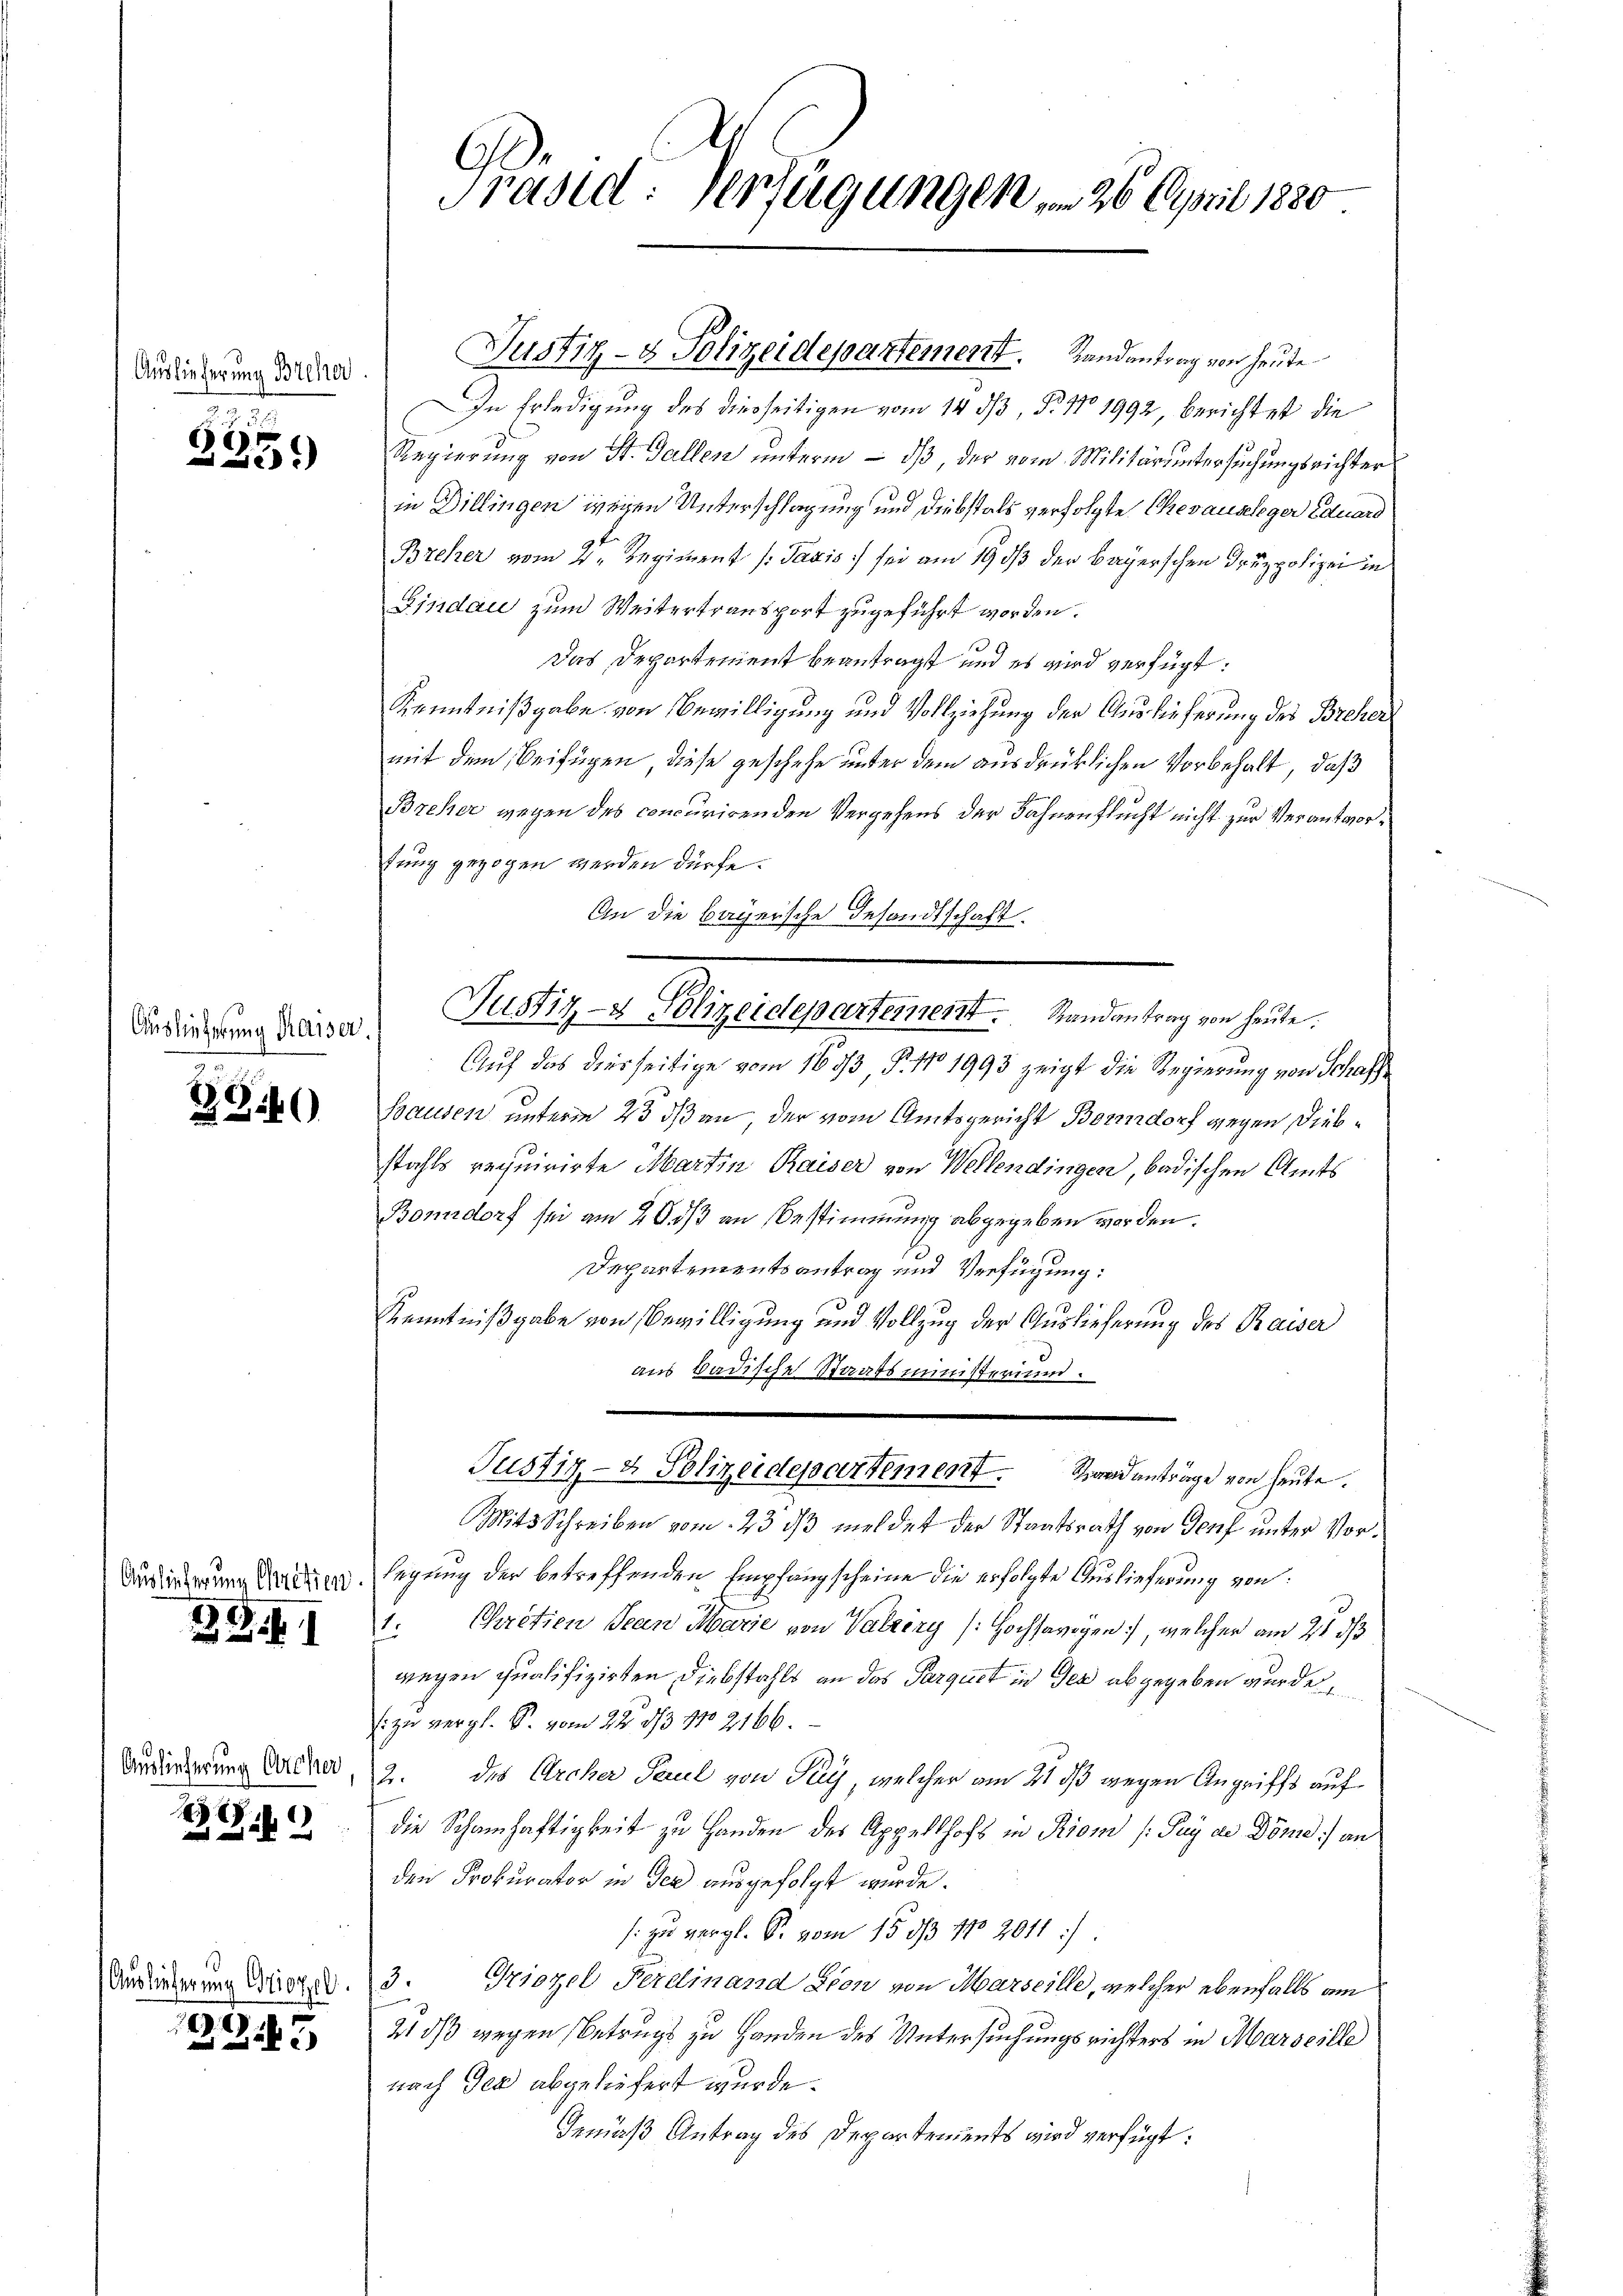
Auslieferung Breher

.
)
.

Auslieferung Kaiser,

28)

Ausliederung Chritten
ZG1

Auslieferung Orcher

E

Auslieferung Griozzel.

2)

C
Präsid: Verfügungen, 26. April 1880

In Erledigung des diesseitigen vom 14 dß, B. No 1992 berichtet die
Regierung von St. Gallen unterm — dß, der vom Militäruntersuchungsrichter
in Dillingen wegen Unterschlagung und Diebstals verfolgte Chevausleger Eduard
Breher vom 2. Regiment /: Taxis sei am 19. dß der Bayerschen Druzpolizei in
Pindau zum Weitertransport zugeführt worden.
Das Departement beantragt und es wird verfügt:
Kenntnißgabe von Bewilligung und Vollziehung der Auslieferung des Breher
mit dem Beifügen, diese geschehe unter dem ausdrücklichen Vorbehalt, daß
Breher wegen des concurirenden Vergehens der Fahnenflucht nicht zur Verantwortung gezogen werden dürfe.
An die bayersche Gesandtschaft.
Justiz- & Polizeidepartement. Randantrag von heute.
Auf das diesseitige vom 1653 P. 110 1993 zeigt die Regierung von Schaff¬
Sausen unterm 25 dß an, der vom Amtsgericht Borndorf gegen Diebstahls requirirte Martin Kaiser von Wellendingen, badischen Amts
Bonndorf sei am 20. ß an Bestimmung abgegeben worden.
Departementsantrag und Verfügung:
Kenntnißgabe von Bewilligung und Vollzug der Auslieferung des Raiser
aus Badische Staatsministerium.
Justiz- & Polizeidepartement. Standanträge von heute.
Mits Schreiben vom 23. dβ meldet der Staatsrath von Genf unter Vorlegung der betreffenden Empfangscheine die erfolgte Auslieferung von
1. Chretien Jean Marie von Valziry (Hochsavoyen, welcher am 21 d
wegen qualifizirten Diebstahls an das Parquet in Ger abgegeben wurde,
s zu vergl. S. vom 22. ds No 2166.
2. des Archer Paul von Pay, welcher am 21 dß wegen Angriffs auf
die Schamhaftigkeit zu Handen des Appellhofs in Riom (Puy die Döme) an
den Prokurator in der ausgefolgt wurde.
s. zu vergl. S. vom 15. ds No 2011/
3. Griezel Ferdinand Lion von Marseille, welcher ebenfalls am
21/3 wegen Betrugs zu Handen des Untersuchungsrichters in Marseille
nach der abgeliefert wurde.
Gemäß Antrag des Departements wird verfügt:

Justiz- & Polizeidepartement. Randantrag von heute